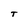
Character: T